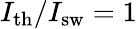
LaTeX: I_{\mathrm{th}}/I_{\mathrm{sw}}=1